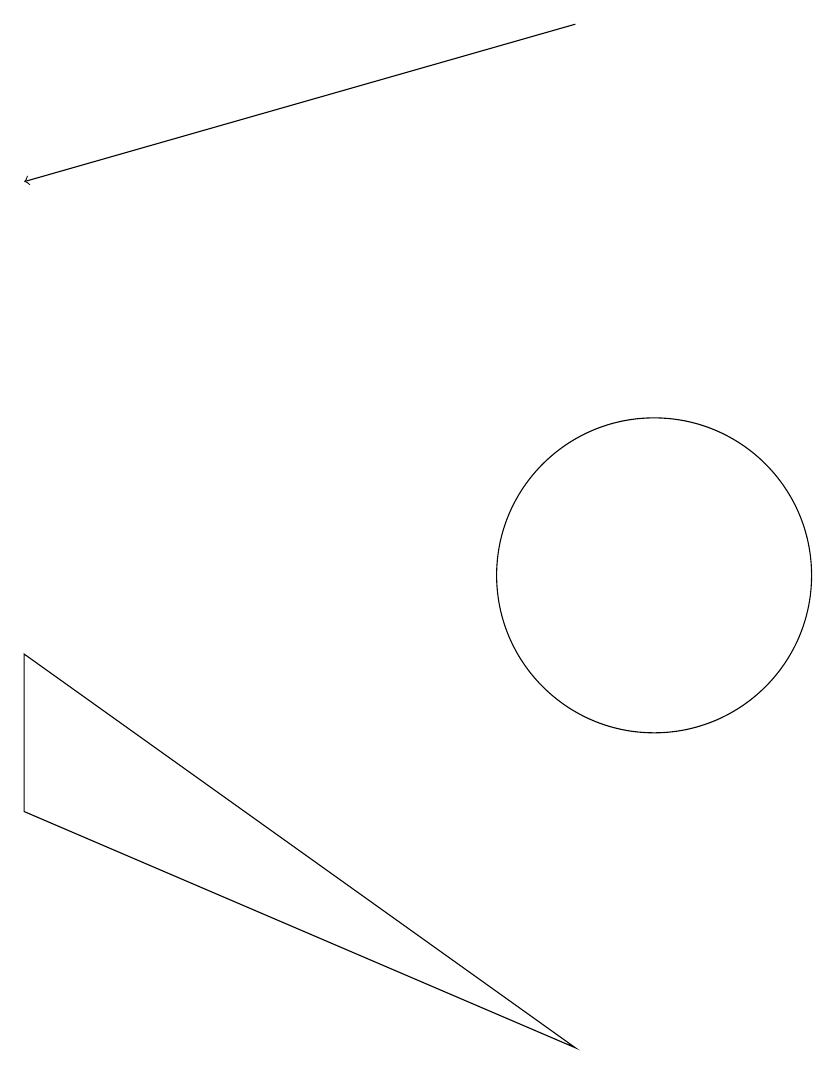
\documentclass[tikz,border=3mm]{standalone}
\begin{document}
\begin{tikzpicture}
\draw[->] (9,17) -- (2,15);
\draw (2,7) -- (9,4) -- (2,9) -- cycle;
\draw (10,10) circle (2);
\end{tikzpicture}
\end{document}